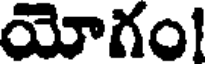
యోగం!